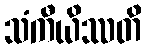
သံကီယိဿတိ